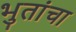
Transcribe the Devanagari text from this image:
भुतांचा